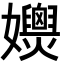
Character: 𡤚